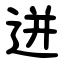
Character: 迸